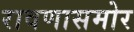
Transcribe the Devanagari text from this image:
रावणासमोर